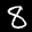
Label: 8